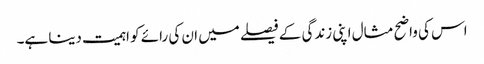
اس کی واضح مثال اپنی زندگی کے فیصلے میں ان کی رائے کو اہمیت دینا ہے۔